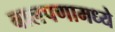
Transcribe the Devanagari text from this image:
बालपणामध्ये